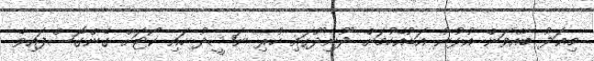
މިއަދު ބާއްވަން އުޅުނު އަޑުއެހުމަށް ދޫނިދޫގައި ހުރި ނަޝީދު ހައި ކޯޓަށް ގެންގޮސްފައިވެ